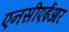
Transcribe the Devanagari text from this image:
एनसीएईआर